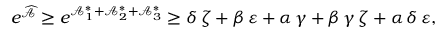
e ^ { \widehat { \mathcal { A } } } \geq e ^ { \mathcal { A } _ { 1 } ^ { \ast } + \mathcal { A } _ { 2 } ^ { \ast } + \mathcal { A } _ { 3 } ^ { \ast } } \geq \delta \, \zeta + \beta \, \varepsilon + \alpha \, \gamma + \beta \, \gamma \, \zeta + \alpha \, \delta \, \varepsilon ,